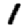
Digit: 1